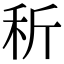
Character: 𥝹